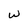
Character: w